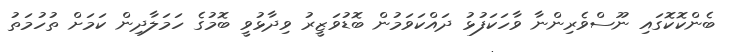
ބެންކޮކޮގައި ނޫސްވެރިންނާ ވާހަކަފުޅު ދައްކަވަމުން ބޮޑުވަޒީރު ވިދާޅުވީ ބޮމުގެ ހަމަލާދިން ކަމަށް ތުހުމަތު